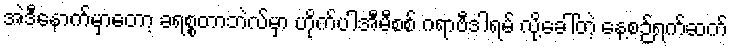
အဲဒီနောက်မှာတော့ ခရစ္စတာဘဲလ်မှာ ဟိုက်ပါအီမီစစ် ဂရာဗီဒါရမ် လို့ခေါ်တဲ့ နေ့စဉ်ရက်ဆက်